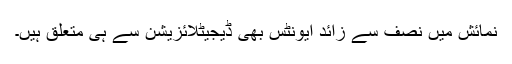
نمائش میں نصف سے زائد ایونٹس بھی ڈیجیٹلائزیشن سے ہی متعلق ہیں۔